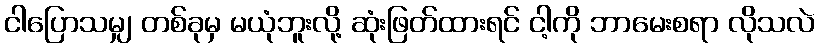
ငါပြောသမျှ တစ်ခုမှ မယုံဘူးလို့ ဆုံးဖြတ်ထားရင် ငါ့ကို ဘာမေးစရာ လိုသလဲ